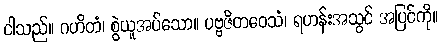
ငါသည်။ ဂဟိတံ၊ စွဲယူအပ်သော။ ပဗ္ဗဇိတဝေသံ၊ ရဟန်းအသွင် အပြင်ကို။